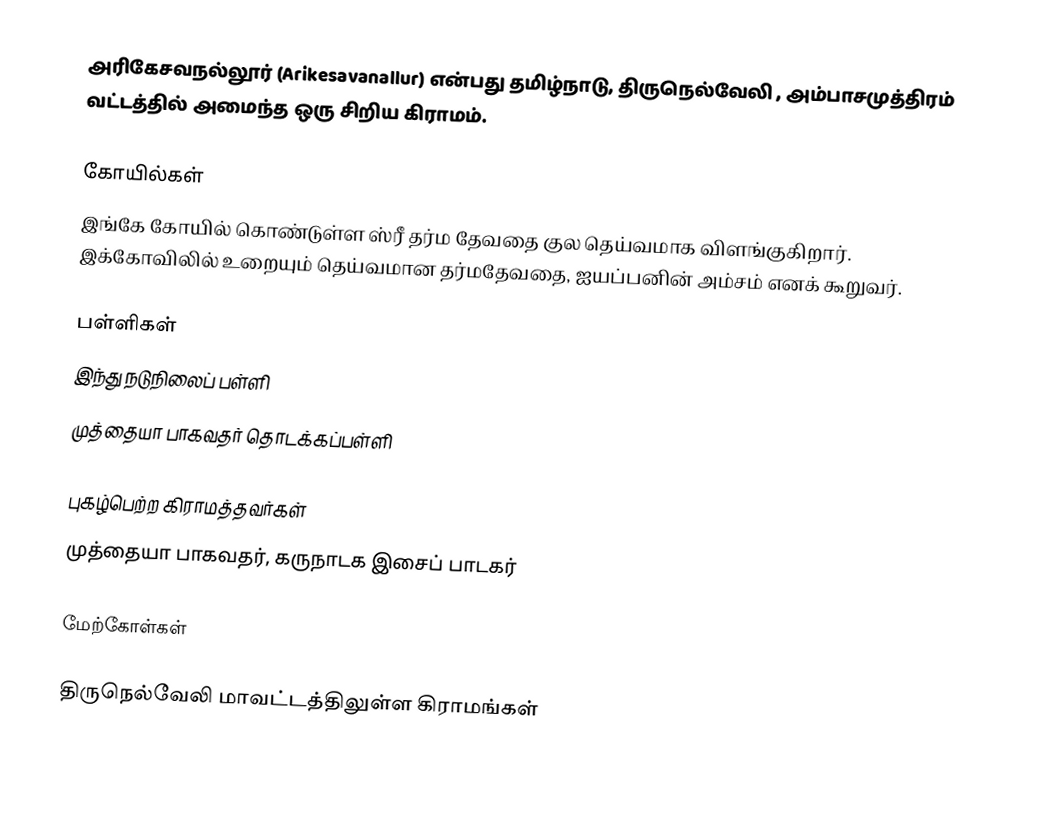
அரிகேசவநல்லூர் (Arikesavanallur) என்பது தமிழ்நாடு, திருநெல்வேலி ,  அம்பாசமுத்திரம் வட்டத்தில்  அமைந்த ஒரு சிறிய கிராமம்.

கோயில்கள்
இங்கே கோயில் கொண்டுள்ள ஸ்ரீ தர்ம தேவதை குல தெய்வமாக விளங்குகிறார். இக்கோவிலில் உறையும் தெய்வமான தர்மதேவதை, ஐயப்பனின் அம்சம் எனக் கூறுவர்.

பள்ளிகள்
இந்து நடுநிலைப் பள்ளி
முத்தையா பாகவதர் தொடக்கப்பள்ளி

புகழ்பெற்ற கிராமத்தவர்கள்
முத்தையா பாகவதர், கருநாடக இசைப் பாடகர்

மேற்கோள்கள்

திருநெல்வேலி மாவட்டத்திலுள்ள கிராமங்கள்